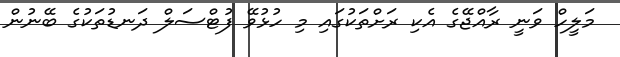
މަލީހް ވަނީ ރާއްޖޭގެ އެކި ރަށްތަކުގައި މި ހުޅުވޭ ފުޓްސަލް ދަނޑުތަކުގެ ބޭނުން